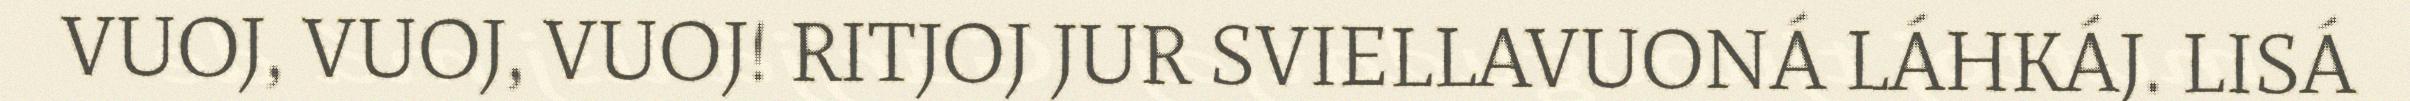
VUOJ, VUOJ, VUOJ! RITJOJ JUR SVIELLAVUONÁ LÁHKÁJ. LISÁ